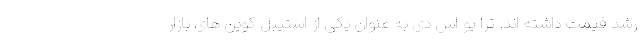
رشد قیمت داشته اند. ترا یو اس دی به عنوان یکی از استیبل کوین های بازار